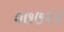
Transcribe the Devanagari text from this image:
०७७२२